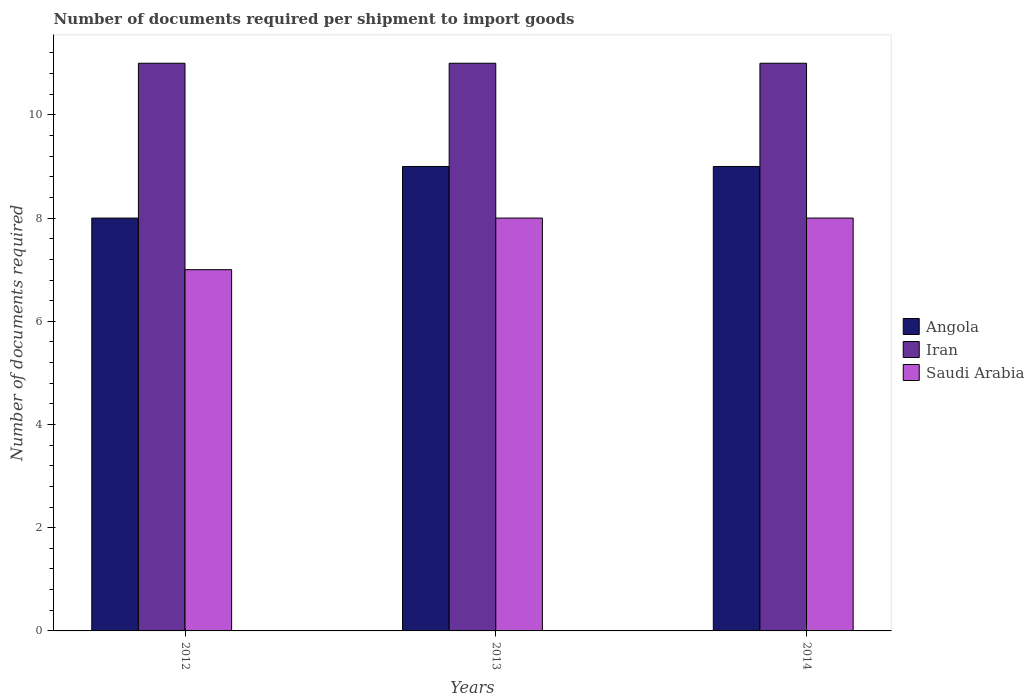
| Years | Angola | Iran | Saudi Arabia |
 | --- | --- | --- | --- |
 | 2012 | 8 | 11 | 7 |
 | 2013 | 9 | 11 | 8 |
 | 2014 | 9 | 11 | 8 |